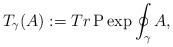
LaTeX: \begin{align*}T_\gamma (A):= Tr\,{\rm P}\exp\oint_\gamma A,\end{align*}